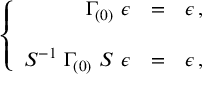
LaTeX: \left\{ \begin{array} { r c l } { { \Gamma _ { ( 0 ) } \ \epsilon } } & { { = } } & { { \epsilon \, , } } \\ { { } } & { { } } & { { } } \\ { { S ^ { - 1 } \ \Gamma _ { ( 0 ) } \ S \ \epsilon } } & { { = } } & { { \epsilon \, , } } \end{array} \right.